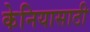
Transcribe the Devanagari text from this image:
केनियासाठी